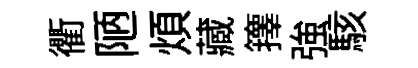
衢陋煩藏籜強駭